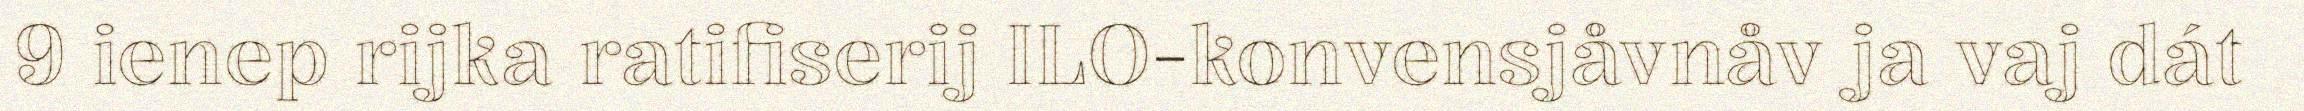
9 ienep rijka ratifiserij ILO-konvensjåvnåv ja vaj dát